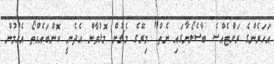
އަހަރެންގެ ރަށްޓެއްސެ ބާސެލޯނާގައި ނެތް" މިރޭގެ މެޗުން މޮޅުވާން އެދެނީ ކޮންބައެއްތޯ އެހުމުން